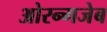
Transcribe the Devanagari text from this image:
ओरन्गजेब